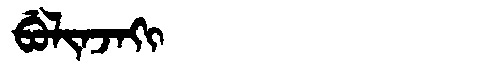
Manchu: ᠪᡠᠯᡳᠨᠵᠠᡴᡳ
Romanization: BULINJAKI